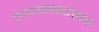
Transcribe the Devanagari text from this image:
ताफ्याबरोबर